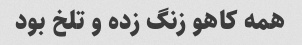
همه کاهو زنگ زده و تلخ بود